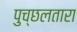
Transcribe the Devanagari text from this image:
पुच्छलतारा